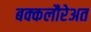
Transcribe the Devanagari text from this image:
बक्कलौरेअत